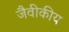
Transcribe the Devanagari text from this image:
जैवीकीय